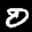
Label: 0